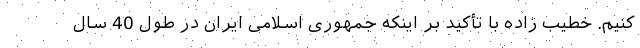
کنیم. خطیب زاده با تأکید بر اینکه جمهوری اسلامی ایران در طول 40 سال